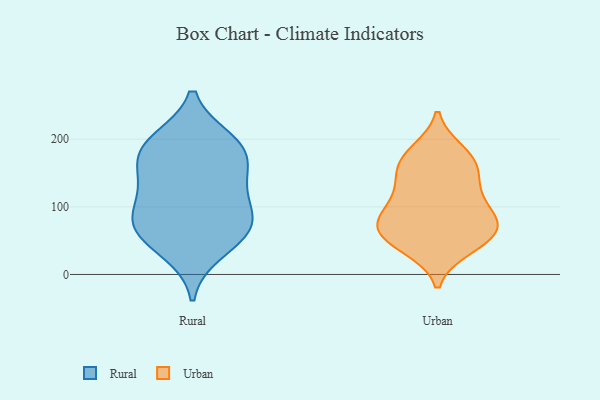
{"axis": {"x": "Revenue (USD Million)", "y": "Value"}, "legend": ["Rural", "Urban"], "data": [{"x": "", "y": 189, "type": "Rural"}, {"x": "", "y": 108, "type": "Rural"}, {"x": "", "y": 76, "type": "Rural"}, {"x": "", "y": 77, "type": "Rural"}, {"x": "", "y": 142, "type": "Rural"}, {"x": "", "y": 70, "type": "Rural"}, {"x": "", "y": 197, "type": "Rural"}, {"x": "", "y": 35, "type": "Rural"}, {"x": "", "y": 133, "type": "Rural"}, {"x": "", "y": 62, "type": "Rural"}, {"x": "", "y": 173, "type": "Rural"}, {"x": "", "y": 187, "type": "Rural"}, {"x": "", "y": 91, "type": "Urban"}, {"x": "", "y": 46, "type": "Urban"}, {"x": "", "y": 39, "type": "Urban"}, {"x": "", "y": 71, "type": "Urban"}, {"x": "", "y": 70, "type": "Urban"}, {"x": "", "y": 182, "type": "Urban"}, {"x": "", "y": 67, "type": "Urban"}, {"x": "", "y": 67, "type": "Urban"}, {"x": "", "y": 158, "type": "Urban"}, {"x": "", "y": 121, "type": "Urban"}, {"x": "", "y": 45, "type": "Urban"}, {"x": "", "y": 99, "type": "Urban"}, {"x": "", "y": 176, "type": "Urban"}, {"x": "", "y": 85, "type": "Urban"}, {"x": "", "y": 131, "type": "Urban"}, {"x": "", "y": 169, "type": "Urban"}, {"x": "", "y": 143, "type": "Urban"}]}